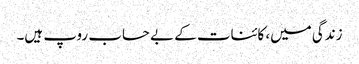
زندگی میں، کائنات کے بے حساب روپ ہیں۔